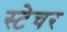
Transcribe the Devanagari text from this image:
स्टेचर